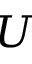
U